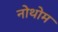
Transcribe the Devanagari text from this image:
नोथोम